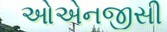
ઓએનજીસી